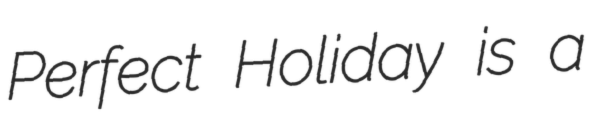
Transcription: Perfect Holiday is a